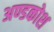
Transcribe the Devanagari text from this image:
अण्डकोश